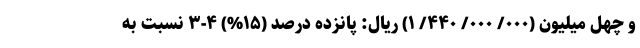
و چهل میلیون (۰۰۰/ ۰۰۰/ ۴۴۰/ ۱) ریال: پانزده درصد (۱۵%) ۴-۳ نسبت به